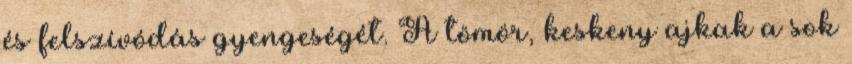
és felszívódás gyengeségét. A tömör, keskeny ajkak a sok